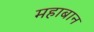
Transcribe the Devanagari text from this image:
महाबान